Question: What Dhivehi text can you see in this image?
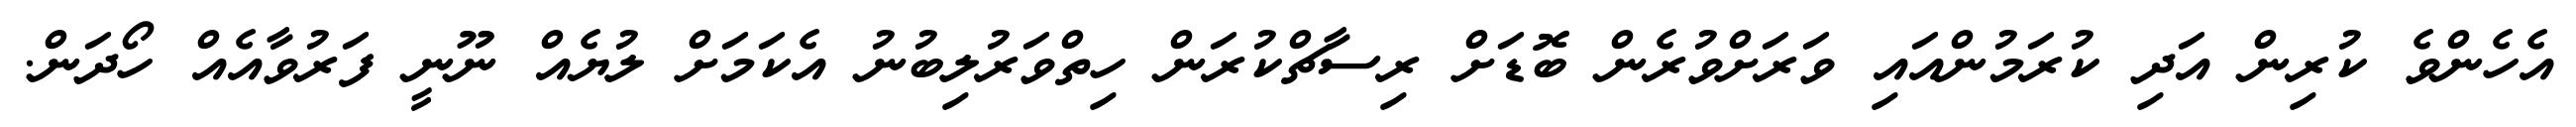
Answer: އެހެންވެ ކުރިން އަދި ކުރަމުންއައި ވަރަށްވުރެން ބޮޑަށް ރިސާޗްކުރަން ހިތްވަރުލިބުނު އެކަމަށް ލުޔެއް ނޫނީ ފަރުވާއެއް ހޯދަން.